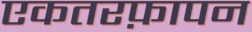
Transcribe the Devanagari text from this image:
एकतरफ़ापन